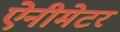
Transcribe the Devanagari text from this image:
ऐनीमेटर